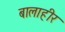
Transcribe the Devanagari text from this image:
बालाहीर